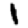
Digit: 1